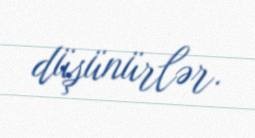
düşünürlər.